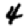
Digit: 4